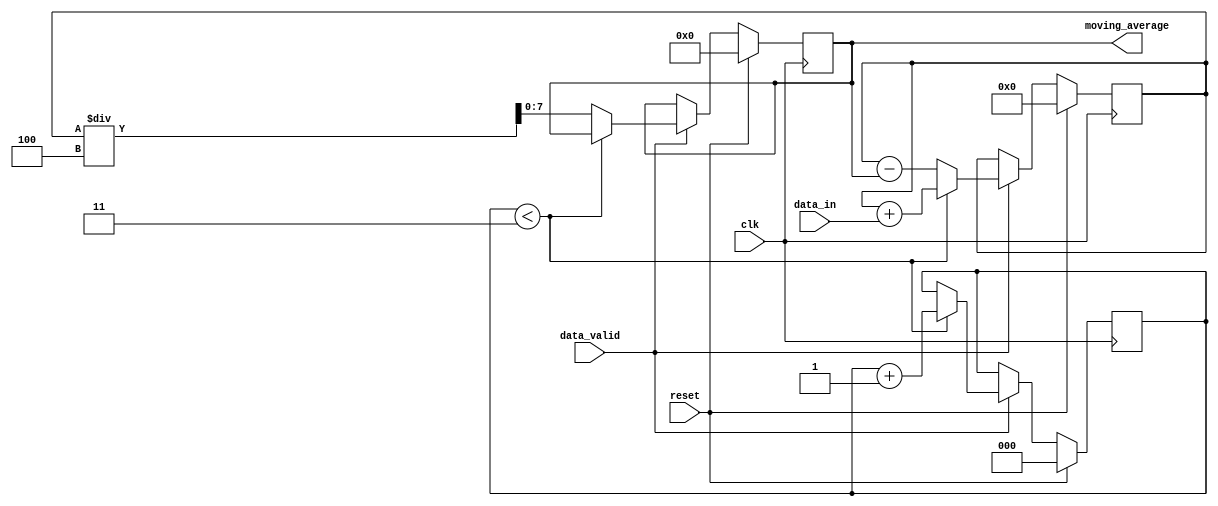
module moving_average_accumulator (
    input wire clk,
    input wire reset,
    input wire [7:0] data_in,
    input wire data_valid,
    output wire [7:0] moving_average
);

reg [15:0] sum;
reg [7:0] window_size = 4;
reg [2:0] count = 0;
reg [7:0] moving_average_reg;

always @(posedge clk) begin
    if (reset) begin
        sum <= 0;
        count <= 0;
        moving_average_reg <= 0;
    end else begin
        if (data_valid) begin
            sum <= sum + data_in;
            
            if (count < window_size-1) begin
                count <= count + 1;
            end else begin
                moving_average_reg <= sum / window_size;
                sum <= sum - moving_average_reg;
            end
        end
    end
end

assign moving_average = moving_average_reg;

endmodule